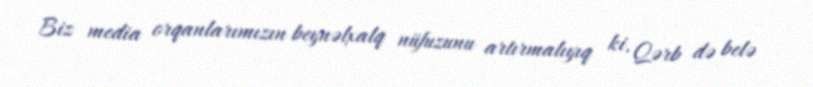
Biz media orqanlarımızın beynəlxalq nüfuzunu artırmalıyıq ki, Qərb də belə